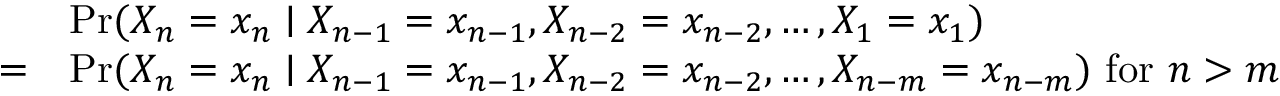
{ \begin{array} { r l } { } & { \operatorname* { P r } ( X _ { n } = x _ { n } \mid X _ { n - 1 } = x _ { n - 1 } , X _ { n - 2 } = x _ { n - 2 } , \dots , X _ { 1 } = x _ { 1 } ) } \\ { = } & { \operatorname* { P r } ( X _ { n } = x _ { n } \mid X _ { n - 1 } = x _ { n - 1 } , X _ { n - 2 } = x _ { n - 2 } , \dots , X _ { n - m } = x _ { n - m } ) { \mathrm { ~ f o r ~ } } n > m } \end{array} }